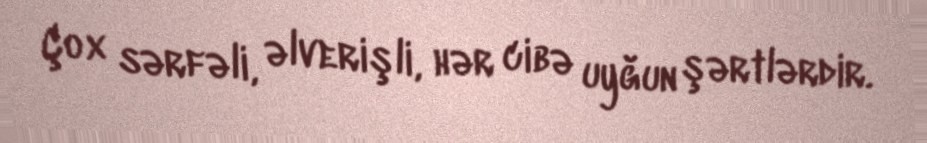
Çox sərfəli, əlverişli, hər cibə uyğun şərtlərdir.